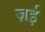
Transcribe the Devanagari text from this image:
ज़ई